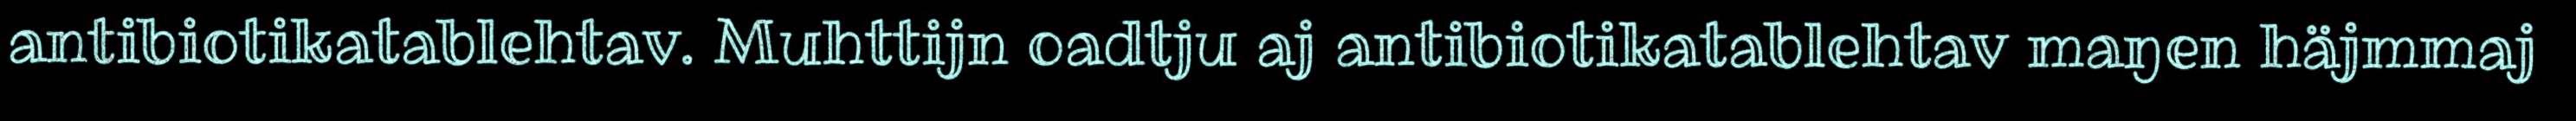
antibiotikatablehtav. Muhttijn oadtju aj antibiotikatablehtav maŋen häjmmaj